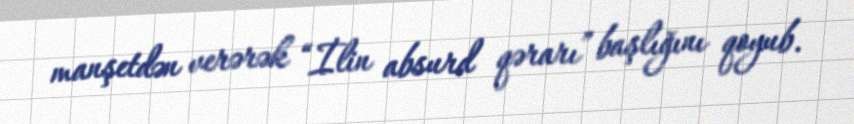
manşetdən verərək “İlin absurd qərarı” başlığını qoyub.